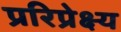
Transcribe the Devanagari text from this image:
प्ररिप्रेक्ष्य